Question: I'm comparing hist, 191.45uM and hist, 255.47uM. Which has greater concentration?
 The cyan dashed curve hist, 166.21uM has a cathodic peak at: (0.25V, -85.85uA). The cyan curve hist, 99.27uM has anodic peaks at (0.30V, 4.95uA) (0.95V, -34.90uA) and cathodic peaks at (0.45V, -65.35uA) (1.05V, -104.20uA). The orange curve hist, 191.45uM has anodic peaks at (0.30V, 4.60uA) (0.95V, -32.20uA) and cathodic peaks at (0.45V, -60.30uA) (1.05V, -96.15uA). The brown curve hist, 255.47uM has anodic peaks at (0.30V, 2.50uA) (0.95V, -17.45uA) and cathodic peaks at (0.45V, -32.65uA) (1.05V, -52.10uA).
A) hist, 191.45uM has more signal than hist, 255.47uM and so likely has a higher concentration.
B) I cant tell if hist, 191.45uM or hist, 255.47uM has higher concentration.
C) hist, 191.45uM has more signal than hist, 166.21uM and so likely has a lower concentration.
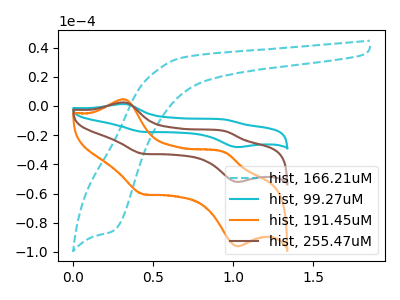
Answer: <think>All the peaks in "hist, 191.45uM" have a peak in "hist, 255.47uM" at the same potential.
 </think>
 <answer>B) I cant tell if "hist, 191.45uM" or "hist, 255.47uM" has higher concentration.</answer>
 <eval>B</eval>